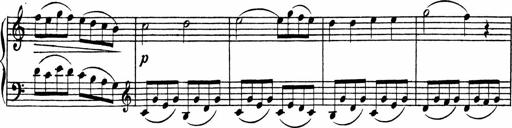
Title: Piano Sonata
Composer: Karl HÃ¤ssler
Key: C major